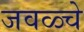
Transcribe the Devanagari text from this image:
जवळ्चे